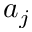
a _ { j }